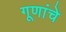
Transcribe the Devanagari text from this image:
गूणांचे